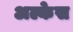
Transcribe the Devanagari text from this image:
अल्केस